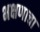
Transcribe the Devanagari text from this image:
भक्षणाचा